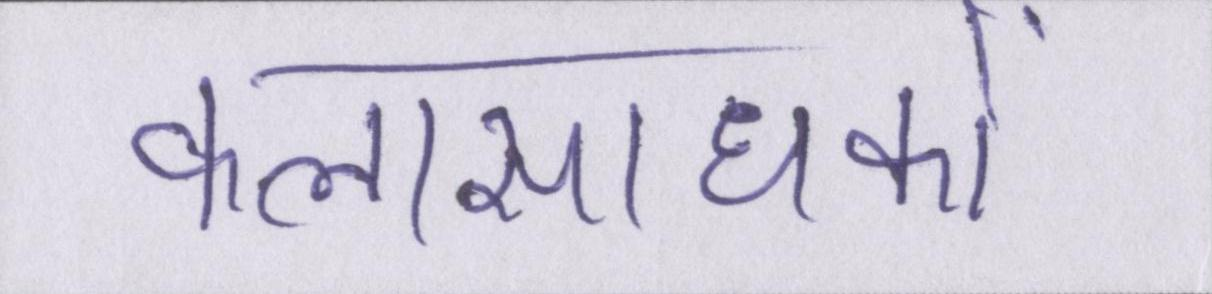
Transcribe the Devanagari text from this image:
कलासाधकों